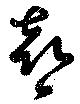
喜